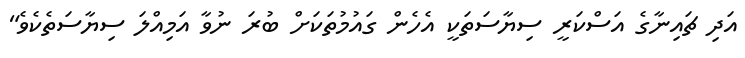
އަދި ޗައިނާގެ އަސްކަރީ ސިޔާސަތަކީ އެހެން ގައުމުތަކަށް ބުރަ ނުވާ އަމިއްލަ ސިޔާސަތެކެވެ"